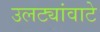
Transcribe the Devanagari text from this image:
उलट्यांवाटे